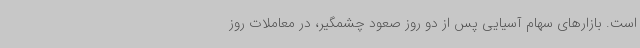
است. بازارهای سهام آسیایی پس از دو روز صعود چشمگیر، در معاملات روز